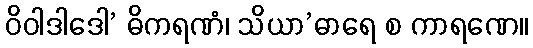
ဝိဝါဒါဒေါ’ ဓိကရဏံ၊ သိယာ’ဓာရေ စ ကာရဏေ။